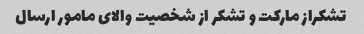
تشکراز مارکت و تشکر از شخصیت والای مامور ارسال